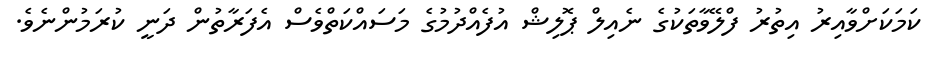
ކަމަކަށްވާއިރު އިތުރު ފްލޭވާތަކުގެ ނެއިލް ޕޮލިޝް އުފެއްދުމުގެ މަސައްކަތްވެސް އެފަރާތުން ދަނީ ކުރަމުންނެވެ.